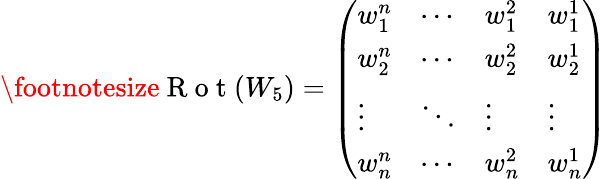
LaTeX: \footnotesize\mathrm{~R~o~t~}(W_{5})=\left(\begin{array}{llll}{w_{1}^{n}}&{\cdots}&{w_{1}^{2}}&{w_{1}^{1}}\\ {w_{2}^{n}}&{\cdots}&{w_{2}^{2}}&{w_{2}^{1}}\\ {\vdots}&{\ddots}&{\vdots}&{\vdots}\\ {w_{n}^{n}}&{\cdots}&{w_{n}^{2}}&{w_{n}^{1}}\end{array}\right)